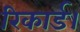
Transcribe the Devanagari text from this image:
रिकार्ड।